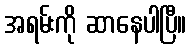
အရမ်းကို ဆာနေပါပြီ။